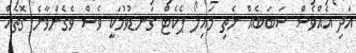
އަދި އެއްވެސް ސަބަބެއް ނެތި މައިލޯ ޕެކެޓް ގަނޑުވުމަކީ ވެސް ވެގެންވާނެ ގޮތެއް